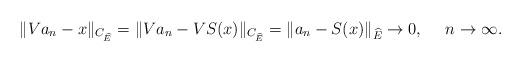
LaTeX: \begin{align*}\|V a_n-x\|_{C_{\widehat{E}}}=\|V a_n-VS(x)\|_{C_{\widehat{E}}}=\|a_n-S(x)\|_{\widehat{E}}\to 0, \ \ \ \ n\to\infty.\end{align*}